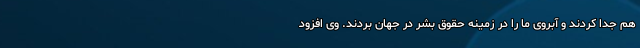
هم جدا کردند و آبروی ما را در زمینه حقوق بشر در جهان بردند. وی افزود